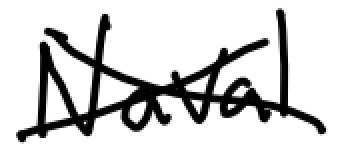
Text: Naval
Cross-out: cross
Writing tool: digital_black